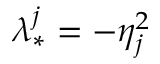
\lambda _ { * } ^ { j } = - \eta _ { j } ^ { 2 }